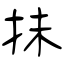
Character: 抺